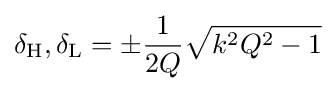
\delta _{\mathrm {H} },\delta _{\mathrm {L} }=\pm {1 \over 2Q}{\sqrt {k^{2}Q^{2}-1}}